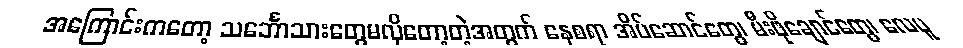
အကြောင်းကတော့ သင်္ဘောသားတွေမလိုတော့တဲ့အတွက် နေစရာ အိပ်ဆောင်တွေ၊ မီးဖိုချောင်တွေ၊ လေပူ